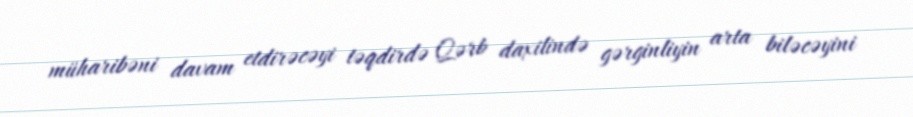
müharibəni davam etdirəcəyi təqdirdə Qərb daxilində gərginliyin arta biləcəyini